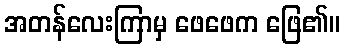
အတန်လေးကြာမှ ဖေဖေက ဖြေ၏။